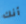
أنك